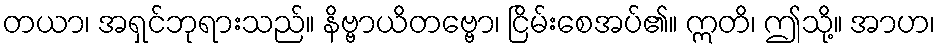
တယာ၊ အရှင်ဘုရားသည်။ နိဗ္ဗာယိတဗ္ဗော၊ ငြိမ်းစေအပ်၏။ ဣတိ၊ ဤသို့။ အာဟ၊